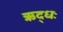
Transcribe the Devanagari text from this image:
ऋद्धः